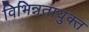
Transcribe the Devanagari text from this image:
विभिन्नतायुक्त